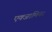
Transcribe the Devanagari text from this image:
एक्‍जामिनर